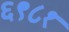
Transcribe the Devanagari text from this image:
६९८१